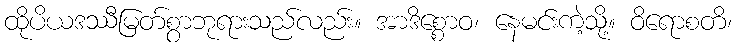
ထိုပိယဒဿီမြတ်စွာဘုရားသည်လည်း။ အာဒိစ္စောဝ၊ နေမင်းကဲ့သို့။ ဝိရောစတိ၊